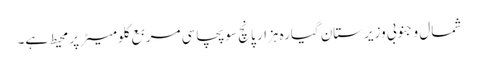
شمال و جنوبی وزیرستان گیارہ ہزار پانچ سو پچاسی مربع کلومیٹر پر محیط ہے۔